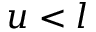
u < l